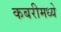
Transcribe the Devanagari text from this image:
कबरीमध्ये